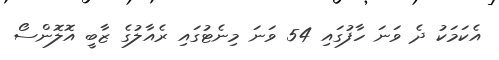
އެކަމަކު ދެ ވަނަ ހާފުގައި 54 ވަނަ މިނެޓުގައި ރެއާލުގެ ޒާބީ އޮލޮންސޯ